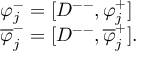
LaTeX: \begin{array} { l c r } { { \varphi _ { j } ^ { - } = [ D ^ { -- } , \varphi _ { j } ^ { + } ] } } \\ { { \overline { { { \varphi } } } _ { j } ^ { - } = [ D ^ { -- } , \overline { { { \varphi } } } _ { j } ^ { + } ] . } } \end{array}